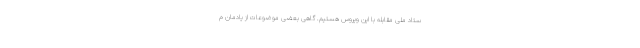
ستاد ملی مقابله با این ویروس هستیم. گاهی بعضی موضوعات از یادمان م